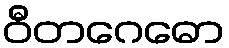
ဝီတဂေဓော